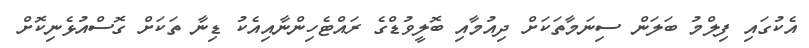
އެކުގައި ފިލްމު ބަލަން ސިނަމާތަކަށް ދިއުމާއި ބޮލީވުޑްގެ ރައްޓެހިންނާއިއެކު ޑިނާ ތަކަށް ގޮސްއުޅެނިކޮށް